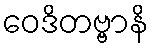
ဝေဒိတဗ္ဗာနိ